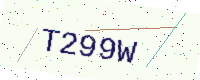
Text: T299W